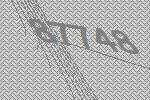
87748